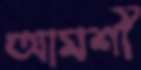
আমশী